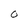
Character: O